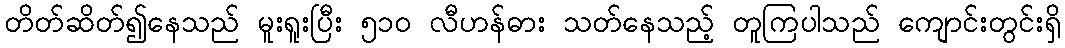
တိတ်ဆိတ်၍နေသည် မူးရူးပြီး ၅၁၀ လီဟန်ဓား သတ်နေသည့် တူကြပါသည် ကျောင်းတွင်းရှိ